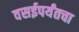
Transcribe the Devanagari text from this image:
वसईपर्यंतचा